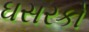
ઘસરકો